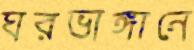
ঘরভাঙ্গানে